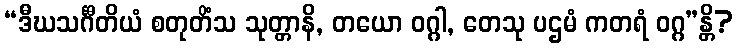
“ဒီဃသင်္ဂီတိယံ စတုတိံသ သုတ္တာနိ, တယော ဝဂ္ဂါ, တေသု ပဌမံ ကတရံ ဝဂ္ဂ”န္တိ?